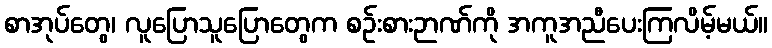
စာအုပ်တွေ၊ လူပြောသူပြောတွေက စဉ်းစားဉာဏ်ကို အကူအညီပေးကြလိမ့်မယ်။